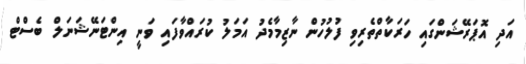
އަދި އޮޕަރޭޝަންގައި ހަރަކާތްތެރިވި ފުލުހުން ނާޒިމާމެދު އަމަލު ކުރައްވާފައި ވަނީ އިންޓަނޭޝަނަލް ބެސްޓް